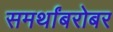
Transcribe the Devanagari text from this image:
समर्थांबरोबर